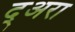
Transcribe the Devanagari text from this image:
द्अरा